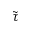
\tilde { \tau }